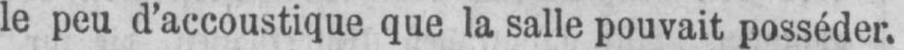
le peu d’accoustique que la salle pouvait posséder.